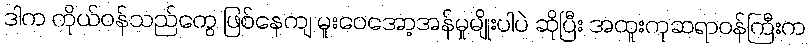
ဒါက ကိုယ်ဝန်သည်တွေ ဖြစ်နေကျ မူးဝေအော့အန်မှုမျိုးပါပဲ ဆိုပြီး အထူးကုဆရာဝန်ကြီးက